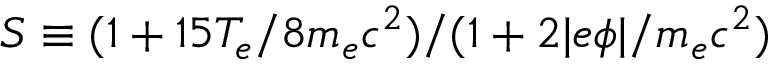
S \equiv ( 1 + 1 5 T _ { e } / 8 m _ { e } c ^ { 2 } ) / ( 1 + 2 | e \phi | / m _ { e } c ^ { 2 } )